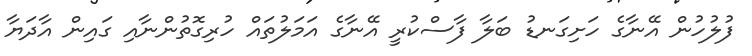
ފުލުހުން އޭނާގެ ހަށިގަނޑު ބަލާ ފާސްކުރީ އޭނާގެ އަމަލުތައް ހުރިގޮތުންނާއި ގައިން އާދަޔާ